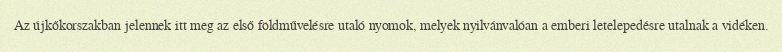
Az újkőkorszakban jelennek itt meg az első földművelésre utaló nyomok, melyek nyilvánvalóan a emberi letelepedésre utalnak a vidéken.